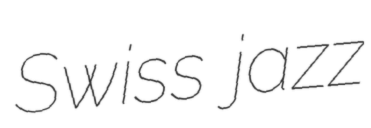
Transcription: Swiss jazz